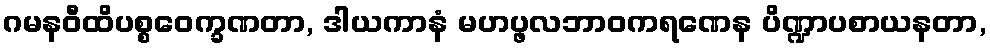
ဂမနဝီထိပစ္စဝေက္ခဏတာ, ဒါယကာနံ မဟပ္ဖလဘာဝကရဏေန ပိဏ္ဍာပစာယနတာ,